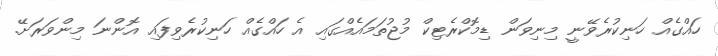
ހައްގެއް ހަނިކުރެވޭނީ މިނިވަން ޑިމޮކްރެޓިކް މުޖުތަމައެއްގައި އެ ހައްގެއް ހަނިކުރެވިފައި އޮންނަ މިންވަރަށޭ.